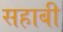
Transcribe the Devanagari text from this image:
सहाबी